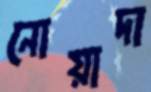
নোয়াদা